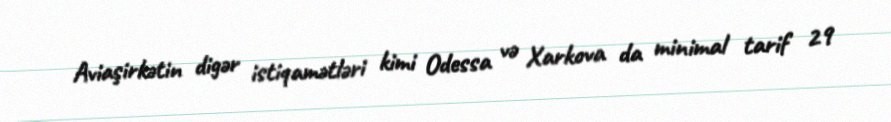
Aviaşirkətin digər istiqamətləri kimi Odessa və Xarkova da minimal tarif 29